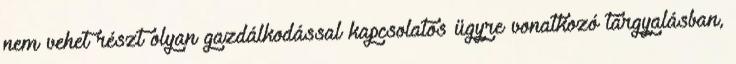
nem vehet részt olyan gazdálkodással kapcsolatos ügyre vonatkozó tárgyalásban,